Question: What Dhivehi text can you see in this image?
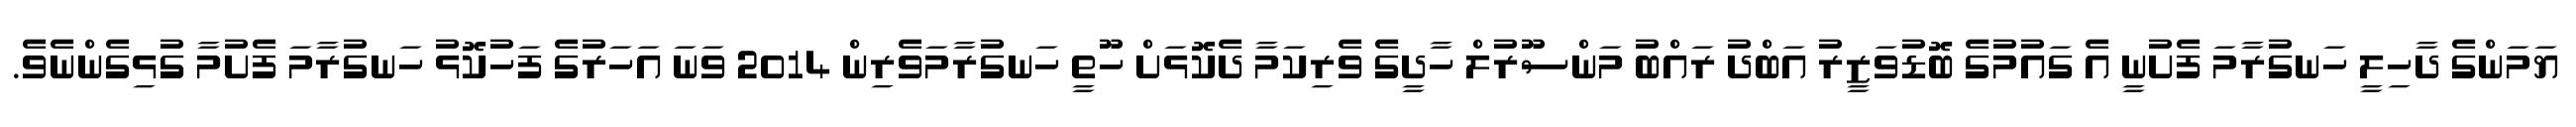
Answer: ޔަމަންގެ ދާހިލީ ހަނގުރާމަ ފެށުނީ އެ ގައުމުގެ ބޮޑުވަޒީރު އަބްދު ރައްބު މަންސޫރުލް ހާދީގެ ވެރިކަމާ ދެކޮޅަށް ހޫތީ ހަނގުރާމަވެރިން 2014 ވަނަ އަހަރުގެ ފަހުކޮޅު ހަނގުރާމަ ފެށުމާ ގުޅިގެންނެވެ.